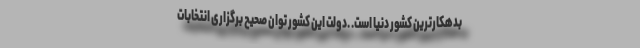
بدهکارترین کشور دنیا است. .دولت این کشور توان صحیح برگزاری انتخابات